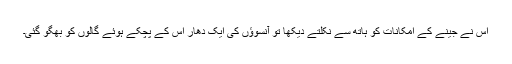
اس نے جینے کے امکانات کو ہاتھ سے نکلتے دیکھا تو آنسوؤں کی ایک دھار اس کے پچکے ہوئے گالوں کو بھگو گئی۔